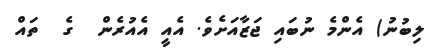
ލިބުނު) އެންމެ ނުބައި ޖަޒާއަށެވެ. އެއީ އެއުރެން  ގެ  ތައް